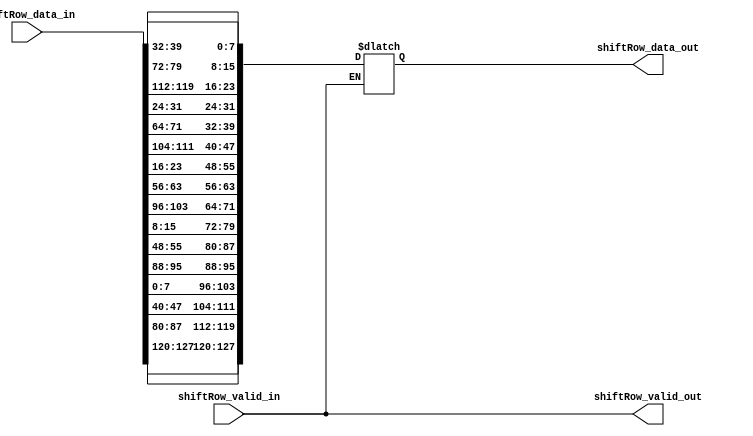


module shiftRow
	#(
	parameter DATA_WIDTH = 128								// Size of data, 128 bits constant
	)
	(
	input shiftRow_valid_in, 								// Valid bit. When high, data is valid and should be processed.
	input wire [DATA_WIDTH-1:0] shiftRow_data_in, 	// ShiftRow block data to be processed.
	output reg [DATA_WIDTH-1:0] shiftRow_data_out,  // Block data which has gone through shiftRow function
	output reg shiftRow_valid_out 						// Valid bit. When high, data is valid and can be used in another function.	
	);
	
	always @(*) begin
		if (shiftRow_valid_in) begin
			shiftRow_data_out[127:120] <= shiftRow_data_in[127:120];  
			shiftRow_data_out[119:112] <= shiftRow_data_in[87:80];
			shiftRow_data_out[111:104] <= shiftRow_data_in[47:40];
			shiftRow_data_out[103:96]  <= shiftRow_data_in[7:0];
				
			shiftRow_data_out[95:88]	<= shiftRow_data_in[95:88];
			shiftRow_data_out[87:80] 	<= shiftRow_data_in[55:48];
			shiftRow_data_out[79:72] 	<= shiftRow_data_in[15:8];
			shiftRow_data_out[71:64] 	<= shiftRow_data_in[103:96];
				
			shiftRow_data_out[63:56] 	<= shiftRow_data_in[63:56];
			shiftRow_data_out[55:48] 	<= shiftRow_data_in[23:16];
			shiftRow_data_out[47:40] 	<= shiftRow_data_in[111:104];
			shiftRow_data_out[39:32] 	<= shiftRow_data_in[71:64];
			
			shiftRow_data_out[31:24] 	<= shiftRow_data_in[31:24];
			shiftRow_data_out[23:16] 	<= shiftRow_data_in[119:112];
			shiftRow_data_out[15:8]  	<= shiftRow_data_in[79:72];
			shiftRow_data_out[7:0]   	<= shiftRow_data_in[39:32];
		end
			
		shiftRow_valid_out = shiftRow_valid_in;
			
	end
endmodule